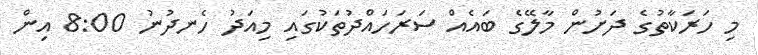
މި ހަރަކާތުގެ ދަށުން މާލޭގެ ބައެއް ސަރަހައްދުތަކުގައި މިއަދު ހެނދުނު 8:00 އިން